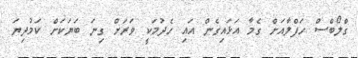
ގްލޯބްސް ހަފްލާއަށް ގެމާ އަޅައިގެން އައި ހެދުމަކީ ވަރަށް ގިނަ ބަޔަކަށް ކަމުދިޔަ